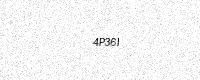
Text: 4P36I